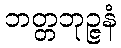
ဘတ္တဘုဉ္ဇနံ